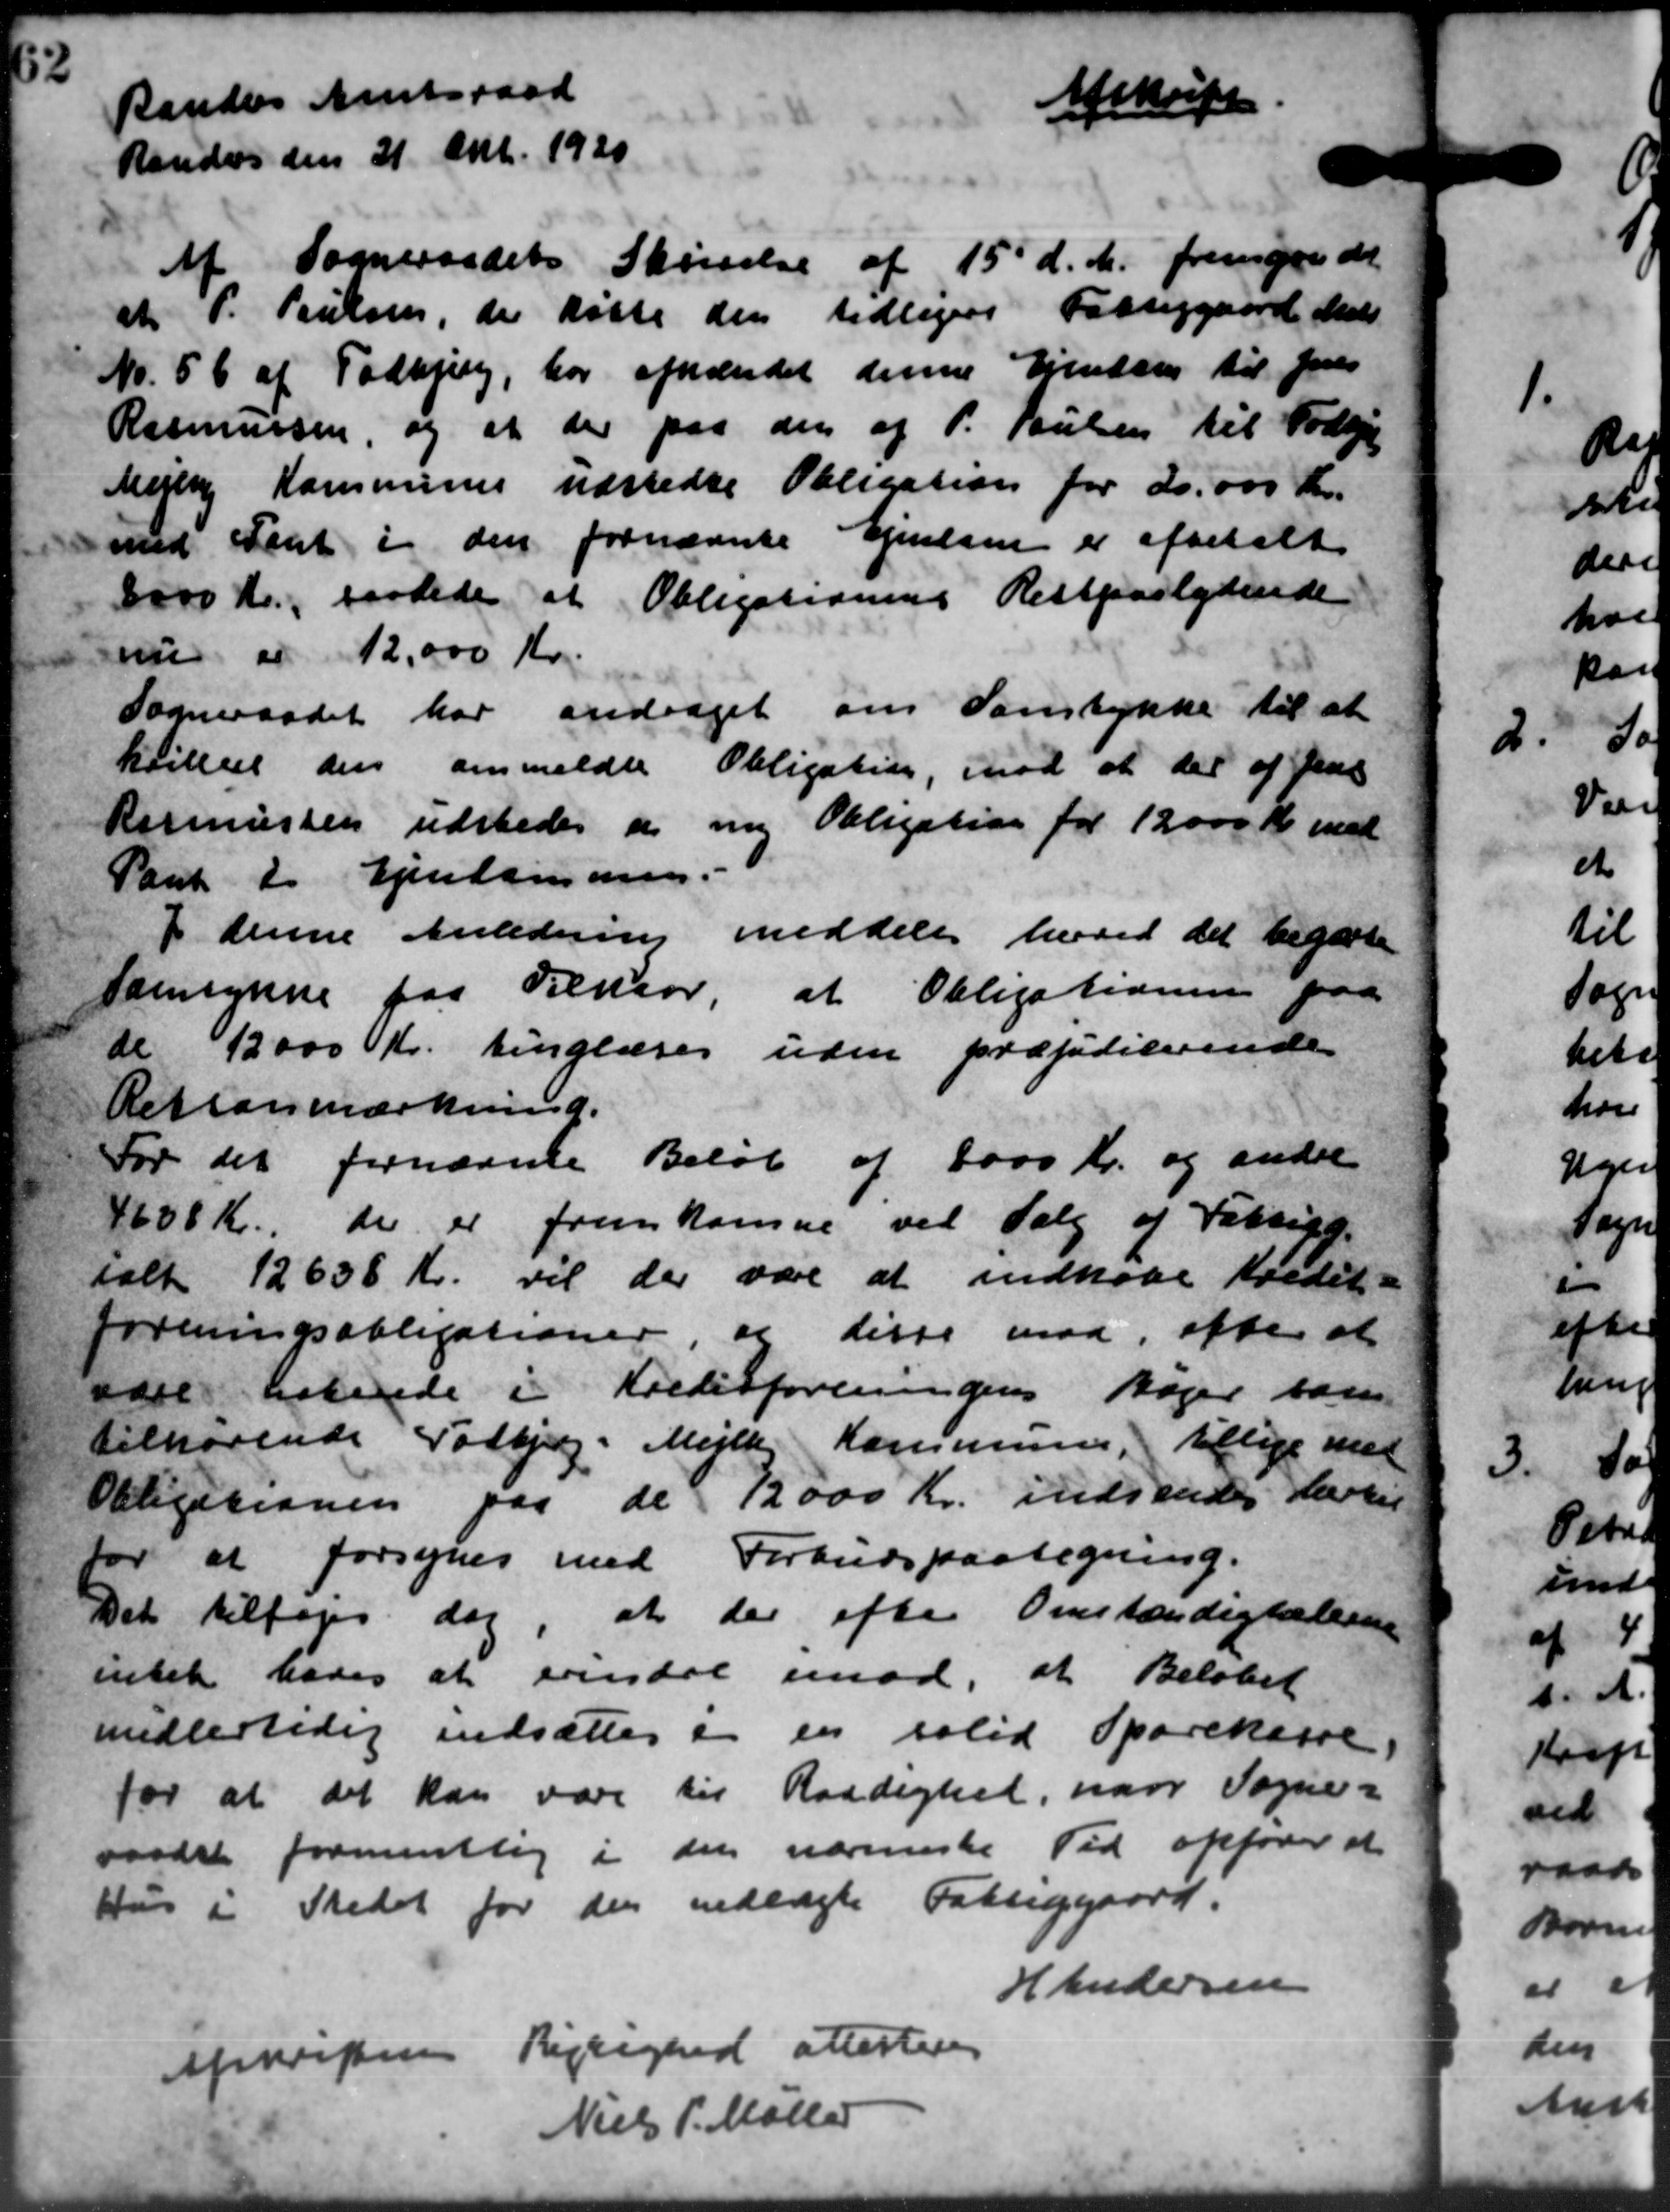
Transskription:
Randers Amtsraad
Randers den 21 Okt. 1920
A
Af Sogneraadets Skrivelse af 15' d.M. fremgaa de
at P. Poulsen, de købte den tidligere Fattiggaard Mads
No. 56 af Todbjerg, har afhændet denne Ejenden til Jens
Rasmussen, og at der paa den af P. Poulsen til Todbje
Mejlby Kommunen udstede Obligation for 20.000 Kr.
med Tent i den fornævnte Ejendom er afbetalt
8000 Kr., saalede at Obligationens Restpaslydende
nu " 12.000 Kr.
Sogneraadet har andraget om Samtykke til at
kvilles den anmeldte Obligatin, mod at del af Jens
Kermussen udstedes et ny Obligation for 12000 Kr med
Pant i Ejendommen.
I denne Anledning meddele hævet det begærte
Samynne paa Tilkaar, at Obligationen paa
de 12000 Kr. tinglæses uden præsiditerende
Retsanmærkning.
For det fornævne Beløb af 6000 Kr. og andre
1638 Kr. de er fremkomne ved Valg af Fattigg.
ialt 12638 Kr. vil der være at indkøbe Kredit
foreningsobligationer, og disse mod, efter at
være havende i Kreditforeningens Bøger san
tilhørende Todbjerg. Mejlby Kommunen, tillige med
Obligationen paa de 12000 Kr. indsendes Marti
for at forsynes med Forbudspaategning.
Det tilføjes dag, at der efter Omstændighederne
intet lades at erindre imod, at Beløbet
midlertidig indsættes i en solid Sparekasse.
for at det kan vare til Raadighed, naar Sogne-
raadet formentlig i den nærmeste Tid opfører at
Hus i Stedet for den nedlagte Fattiggaard.
H Andersen
Apreistens Rejlighed attesteres
Niels P. Møller